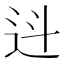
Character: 䢏